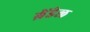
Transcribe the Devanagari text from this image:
ब्रेंडेल